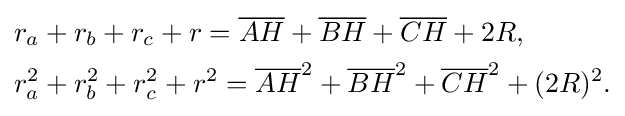
{\begin{aligned}&r_{a}+r_{b}+r_{c}+r={\overline {AH}}+{\overline {BH}}+{\overline {CH}}+2R,\\&r_{a}^{2}+r_{b}^{2}+r_{c}^{2}+r^{2}={\overline {AH}}^{2}+{\overline {BH}}^{2}+{\overline {CH}}^{2}+(2R)^{2}.\end{aligned}}